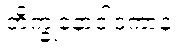
ဘိက္ခုနောဝါဒကာနံ